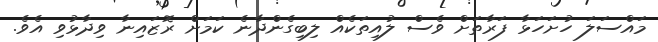
މައްސަލަ ހުށަހަޅާ ފަރާތަށް ވެސް ލުއިތަކެއް ލިބިގެންދާނެ ކަމަށް ރޮޒައިނާ ވިދާޅުވި އެވެ.